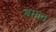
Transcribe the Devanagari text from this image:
श्रमात